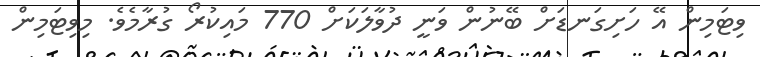
ވިޓަމިން އޭ ހަށިގަނޑަށް ބޭނުން ވަނީ ދުވާލަކަށް 770 މައިކުރޯ ގުރާމެވެ. މިވިޓަމިން